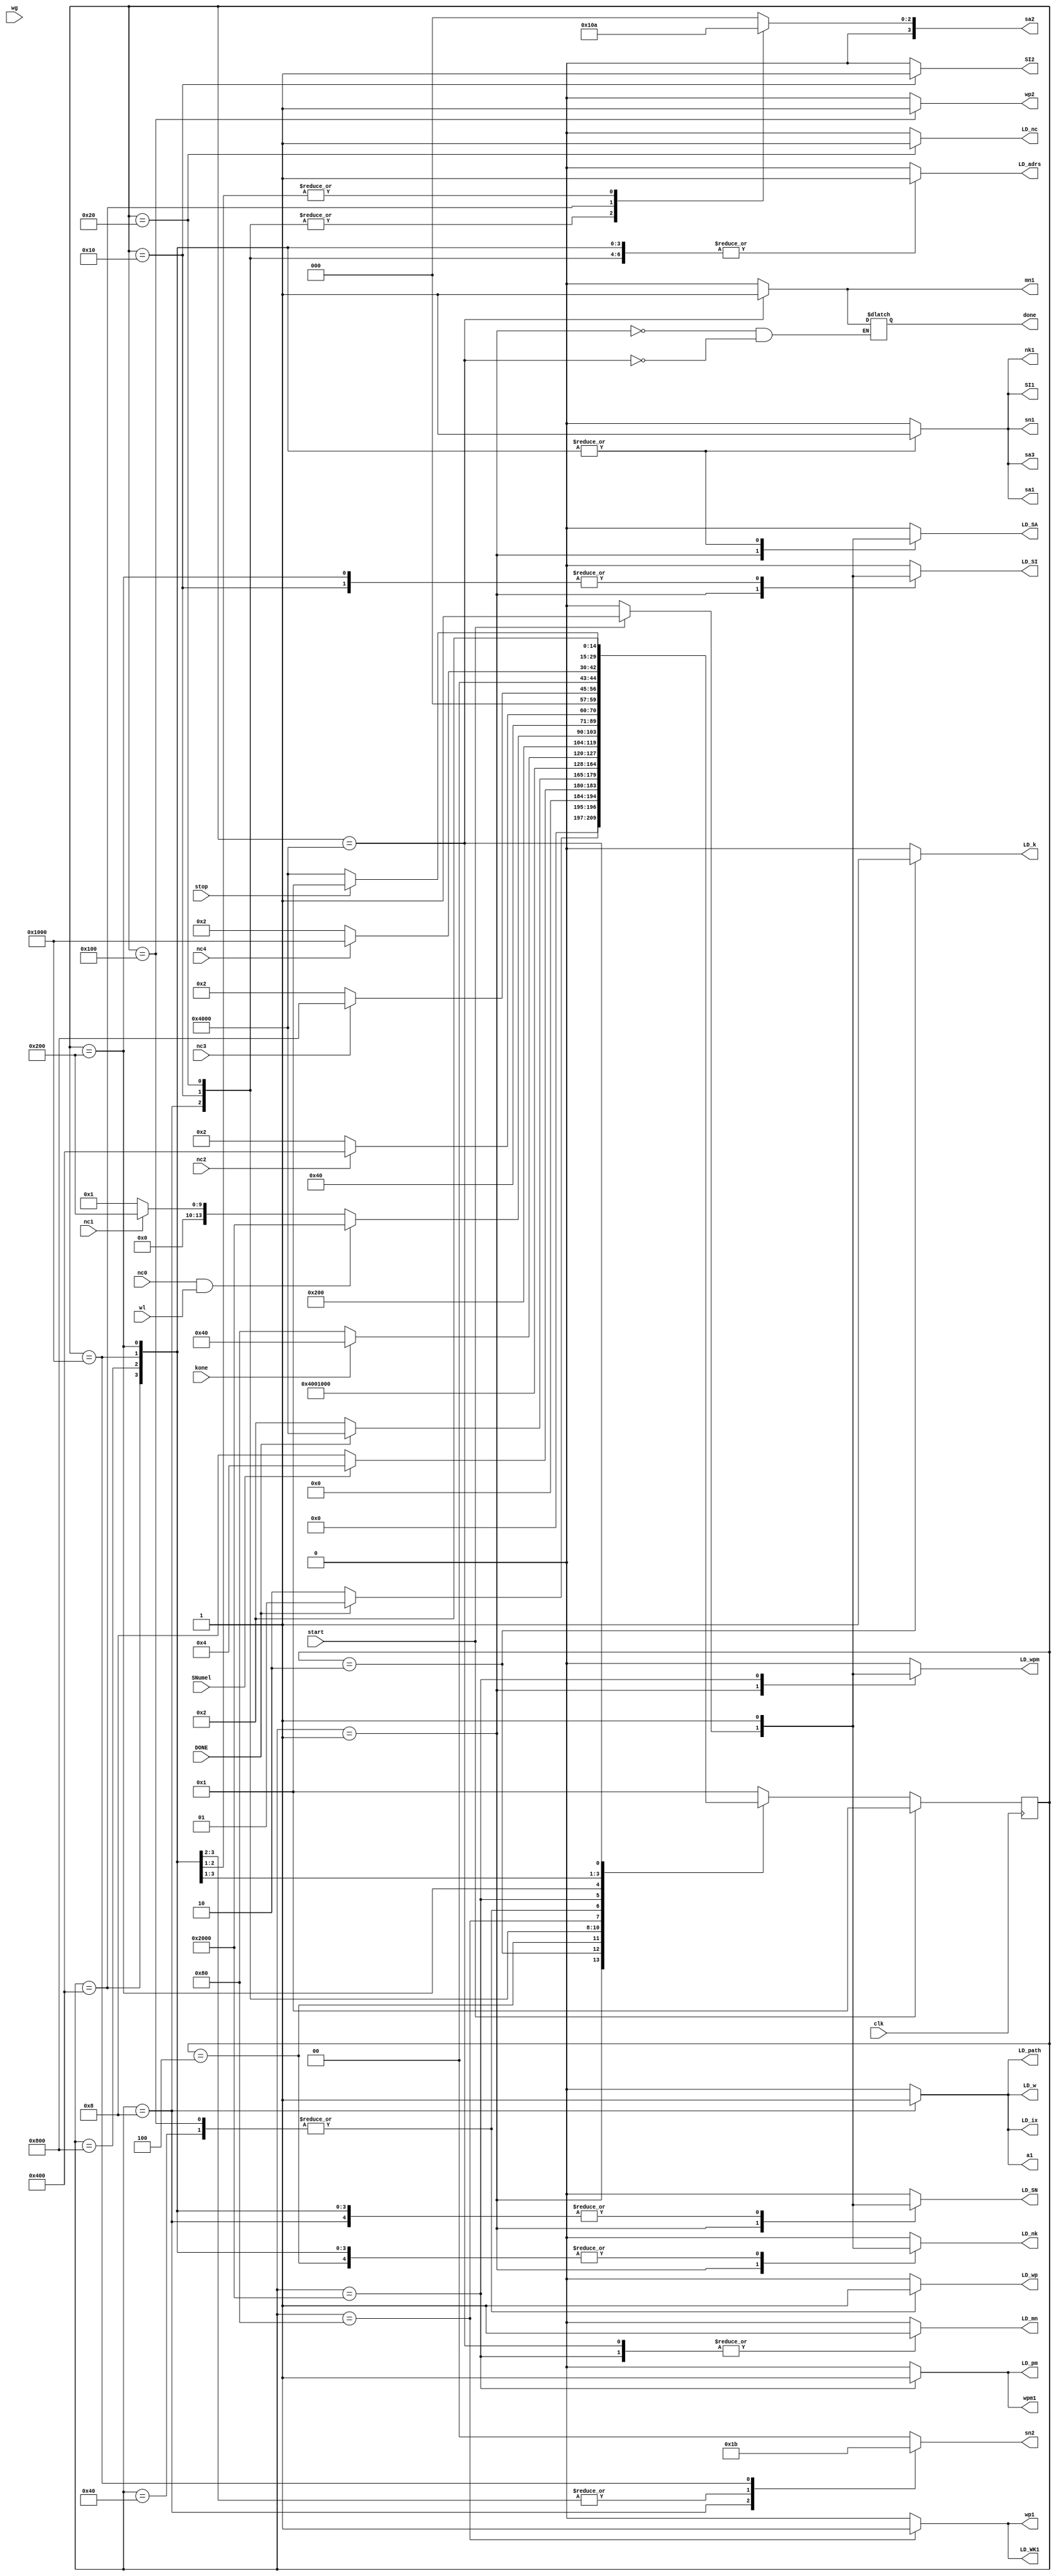
module FSM (LD_path,LD_pm,LD_adrs,a1,LD_SA,sa3,sa1,sa2,LD_ix,SI1,SI2,LD_SI,LD_nk,nk1,LD_k,LD_SN,sn1,sn2,LD_nc,LD_wpm,wpm1,LD_wp,wp1,wp2,LD_w,LD_WK1,LD_mn,mn1,done,clk,start,stop,DONE,kone,SNumel,nc0,nc1,nc2,nc3,nc4,wl,wg);
output reg LD_path,LD_pm,LD_adrs,a1,LD_SA,sa3,sa1,LD_ix,SI1,SI2,LD_SI,LD_nk,nk1,LD_k,LD_SN,sn1,LD_nc,LD_wpm,wpm1,LD_wp,wp1,wp2,LD_w,LD_WK1,LD_mn,mn1,done;
output reg [1:0] sn2;
output reg [3:0] sa2;
input clk,start,stop,DONE,kone,SNumel,nc0,nc1,nc2,nc3,nc4,wl,wg;
parameter START= 15'b000000000000001,ENTERLOOP = 15'b000000000000010,DECREMENTK=15'b000000000000100,GETIX=15'b000000000001000,GETSTACKIX=15'b000000000010000,GETnc=15'b000000000100000,ROOTW=15'b000000001000000,GETWEIGHTK1=15'b000000010000000,GETWEIGHTW=15'b000000100000000,CHILD1=15'b000001000000000,CHILD2=15'b000010000000000,CHILD3=15'b000100000000000,CHILD4=15'b001000000000000,LEAFNODE=15'b010000000000000,DONESTAGE=15'b100000000000000;

reg [14:0] state,nstate;
always @(posedge clk)
if(start)
state<=START;
else state<=nstate;

always @(state or start or stop or DONE or kone or SNumel or nc0 or nc1 or nc2 or nc3 or nc4)
begin
LD_path=0;LD_pm=0;LD_adrs=0;a1=0;LD_SA=0;sa3=0;sa1=0;sa2=0;LD_ix=0;SI1=0;SI2=0;LD_SI=0;LD_nk=0;nk1=0;LD_k=0;LD_SN=0;sn1=0;sn2=0;LD_nc=0;LD_wpm=0;
wpm1=0;LD_wp=0;wp1=0;wp2=0;LD_w=0;LD_WK1=0;LD_mn=0;mn1=0;
nstate= START;
case(state)
START:  begin
	if(start==0) begin nstate=START;
        LD_path=0;LD_pm=0;LD_adrs=0;a1=0;LD_SA=0;sa3=0;sa1=0;sa2=0;LD_ix=0;SI1=0;SI2=0;LD_SI=0;LD_nk=0;nk1=0;LD_k=0;LD_SN=0;sn1=0;sn2=0;LD_nc=0;LD_wpm=0;
        wpm1=0;LD_wp=0;wp1=0;wp2=0;LD_w=0;LD_WK1=0;LD_mn=0;mn1=0;done=0;
        end
        else if(start) begin
        LD_path=0;LD_pm=0;LD_adrs=0;a1=0;LD_SA=1;sa3=0;sa1=0;sa2=0;LD_ix=0;SI1=0;SI2=0;LD_SI=1;LD_nk=1;nk1=0;LD_k=0;LD_SN=1;sn1=0;sn2=0;LD_nc=0;LD_wpm=1;
        wpm1=0;LD_wp=0;wp1=0;wp2=0;LD_w=0;LD_WK1=0;LD_mn=0;mn1=0;done=0;
        end
        if(DONE==0) nstate= ENTERLOOP;
	end
ENTERLOOP:  begin
	    LD_path=0;LD_pm=0;LD_adrs=0;a1=0;LD_SA=0;sa3=0;sa1=0;sa2=0;LD_ix=0;SI1=0;SI2=0;LD_SI=0;LD_nk=0;nk1=0;LD_k=1;LD_SN=0;sn1=0;sn2=0;LD_nc=0;LD_wpm=0;
            wpm1=0;LD_wp=0;wp1=0;wp2=0;LD_w=0;LD_WK1=0;LD_mn=0;mn1=0;
            if(SNumel==1) nstate = DECREMENTK;
            else if(SNumel==0) nstate = GETIX;
	    end
DECREMENTK: begin
	    LD_path=0;LD_pm=0;LD_adrs=0;a1=0;LD_SA=0;sa3=0;sa1=0;sa2=0;LD_ix=0;SI1=0;SI2=0;LD_SI=0;LD_nk=1;nk1=2;LD_k=0;LD_SN=0;sn1=0;sn2=0;LD_nc=0;LD_wpm=0;
            wpm1=0;LD_wp=0;wp1=0;wp2=0;LD_w=0;LD_WK1=0;LD_mn=0;mn1=0;
            if(DONE==0) nstate=ENTERLOOP;
            else if(DONE==1) nstate = DONESTAGE;
	    end
GETIX:      begin
            LD_path=1;LD_pm=0;LD_adrs=1;a1=1;LD_SA=0;sa3=0;sa1=0;sa2=4;LD_ix=1;SI1=0;SI2=0;LD_SI=0;LD_nk=0;nk1=0;LD_k=0;LD_SN=1;sn1=0;sn2=1;LD_nc=0;LD_wpm=0;
            wpm1=0;LD_wp=0;wp1=0;wp2=0;LD_w=1;LD_WK1=0;LD_mn=0;mn1=0;
            nstate= GETSTACKIX;
            end
GETSTACKIX: begin
            LD_path=0;LD_pm=0;LD_adrs=1;a1=0;LD_SA=0;sa3=0;sa1=0;sa2=4;LD_ix=0;SI1=0;SI2=1;LD_SI=1;LD_nk=0;nk1=0;LD_k=0;LD_SN=0;sn1=0;sn2=0;LD_nc=0;LD_wpm=0;
            wpm1=0;LD_wp=0;wp1=0;wp2=0;LD_w=0;LD_WK1=0;LD_mn=0;mn1=0;
            nstate= GETnc;
            end
GETnc:      begin
            LD_path=0;LD_pm=0;LD_adrs=1;a1=0;LD_SA=0;sa3=0;sa1=0;sa2=4;LD_ix=0;SI1=0;SI2=0;LD_SI=0;LD_nk=0;nk1=0;LD_k=0;LD_SN=0;sn1=0;sn2=0;LD_nc=1;LD_wpm=0;
            wpm1=0;LD_wp=0;wp1=0;wp2=0;LD_w=0;LD_WK1=0;LD_mn=0;mn1=0;
            if(kone==0) nstate= GETWEIGHTK1;
            else if (kone==1) nstate=ROOTW;
            end
ROOTW:      begin
            LD_path=0;LD_pm=0;LD_adrs=0;a1=0;LD_SA=0;sa3=0;sa1=0;sa2=0;LD_ix=0;SI1=0;SI2=0;LD_SI=0;LD_nk=0;nk1=0;LD_k=0;LD_SN=0;sn1=0;sn2=0;LD_nc=0;LD_wpm=0;
            wpm1=0;LD_wp=1;wp1=0;wp2=0;LD_w=0;LD_WK1=0;LD_mn=0;mn1=0;
            if(nc0==1 && wl==1) nstate= LEAFNODE;
            else if(nc1==1) nstate = CHILD1;
            end
GETWEIGHTK1:  begin
              LD_path=0;LD_pm=0;LD_adrs=0;a1=0;LD_SA=0;sa3=0;sa1=0;sa2=0;LD_ix=0;SI1=0;SI2=0;LD_SI=0;LD_nk=0;nk1=0;LD_k=0;LD_SN=0;sn1=0;sn2=0;LD_nc=0;LD_wpm=0;
              wpm1=0;LD_wp=0;wp1=1;wp2=0;LD_w=0;LD_WK1=1;LD_mn=0;mn1=0;
              nstate= GETWEIGHTW;
              end
GETWEIGHTW: begin
            LD_path=0;LD_pm=0;LD_adrs=0;a1=0;LD_SA=0;sa3=0;sa1=0;sa2=0;LD_ix=0;SI1=0;SI2=0;LD_SI=0;LD_nk=0;nk1=0;LD_k=0;LD_SN=0;sn1=0;sn2=0;LD_nc=0;LD_wpm=0;
            wpm1=0;LD_wp=1;wp1=0;wp2=1;LD_w=0;LD_WK1=0;LD_mn=0;mn1=0;
            if(nc0==1 && wl==1) nstate= LEAFNODE;
            else if(nc1==1) nstate = CHILD1;
            end
LEAFNODE:   begin
            LD_path=0;LD_pm=1;LD_adrs=0;a1=0;LD_SA=0;sa3=0;sa1=0;sa2=0;LD_ix=0;SI1=0;SI2=0;LD_SI=0;LD_nk=0;nk1=0;LD_k=0;LD_SN=0;sn1=0;sn2=0;LD_nc=0;LD_wpm=1;
            wpm1=1;LD_wp=0;wp1=0;wp2=0;LD_w=0;LD_WK1=0;LD_mn=1;mn1=0;
            nstate = DECREMENTK;
            end
CHILD1:     begin
            LD_path=0;LD_pm=0;LD_adrs=1;a1=0;LD_SA=1;sa3=1;sa1=1;sa2=0;LD_ix=0;SI1=1;SI2=0;LD_SI=1;LD_nk=1;nk1=1;LD_k=0;LD_SN=1;sn1=1;sn2=0;LD_nc=0;LD_wpm=0;
            wpm1=0;LD_wp=0;wp1=0;wp2=0;LD_w=0;LD_WK1=0;LD_mn=0;mn1=0;
            if(nc2==1) nstate = CHILD2;
            else if(nc2==0) nstate = ENTERLOOP;
            end
CHILD2:     begin
            LD_path=0;LD_pm=0;LD_adrs=1;a1=0;LD_SA=1;sa3=1;sa1=1;sa2=1;LD_ix=0;SI1=1;SI2=0;LD_SI=0;LD_nk=1;nk1=1;LD_k=0;LD_SN=1;sn1=1;sn2=2;LD_nc=0;LD_wpm=0;
            wpm1=0;LD_wp=0;wp1=0;wp2=0;LD_w=0;LD_WK1=0;LD_mn=0;mn1=0;
            if(nc3==1) nstate = CHILD3;
            else if(nc3==0) nstate = ENTERLOOP;
            end
CHILD3:     begin
            LD_path=0;LD_pm=0;LD_adrs=1;a1=0;LD_SA=1;sa3=1;sa1=1;sa2=2;LD_ix=0;SI1=1;SI2=0;LD_SI=0;LD_nk=1;nk1=1;LD_k=0;LD_SN=1;sn1=1;sn2=2;LD_nc=0;LD_wpm=0;
            wpm1=0;LD_wp=0;wp1=0;wp2=0;LD_w=0;LD_WK1=0;LD_mn=0;mn1=0;
            if(nc4==1) nstate = CHILD4;
            else if(nc4==0) nstate = ENTERLOOP;
            end
CHILD4:     begin
            LD_path=0;LD_pm=0;LD_adrs=1;a1=0;LD_SA=1;sa3=1;sa1=1;sa2=2;LD_ix=0;SI1=1;SI2=0;LD_SI=0;LD_nk=1;nk1=1;LD_k=0;LD_SN=1;sn1=1;sn2=3;LD_nc=0;LD_wpm=0;
            wpm1=0;LD_wp=0;wp1=0;wp2=0;LD_w=0;LD_WK1=0;LD_mn=0;mn1=0;
            nstate = ENTERLOOP;
            end
DONESTAGE:  begin
            LD_path=0;LD_pm=0;LD_adrs=0;a1=0;LD_SA=0;sa3=0;sa1=0;sa2=0;LD_ix=0;SI1=0;SI2=0;LD_SI=0;LD_nk=0;nk1=0;LD_k=0;LD_SN=0;sn1=0;sn2=0;LD_nc=0;LD_wpm=0;
            wpm1=0;LD_wp=0;wp1=0;wp2=0;LD_w=0;LD_WK1=0;LD_mn=1;mn1=1;done=1;
            if(stop==0) nstate = DONESTAGE;
            else if(stop==1) nstate = START;
            end
default: nstate=START;

endcase
end
endmodule